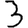
Digit: 3